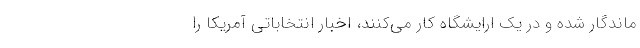
ماندگار شده و در یک ارایشگاه کار می‌کنند، اخبار انتخاباتی آمریکا را